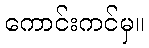
ကောင်းကင်မှ။